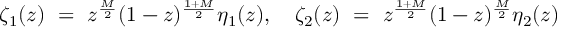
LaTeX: \zeta _ { 1 } ( z ) ~ = ~ z ^ { \frac { M } { 2 } } ( 1 - z ) ^ { \frac { 1 + M } { 2 } } \eta _ { 1 } ( z ) , ~ ~ ~ \zeta _ { 2 } ( z ) ~ = ~ z ^ { \frac { 1 + M } { 2 } } ( 1 - z ) ^ { \frac { M } { 2 } } \eta _ { 2 } ( z )